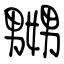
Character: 嬲